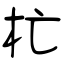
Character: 杧